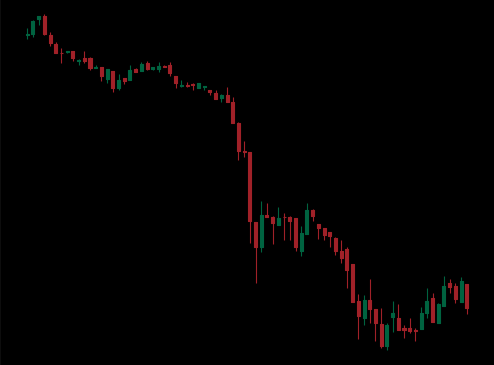
Pattern: bull_flag